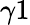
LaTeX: \gamma 1